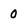
Character: 0